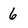
Character: 6